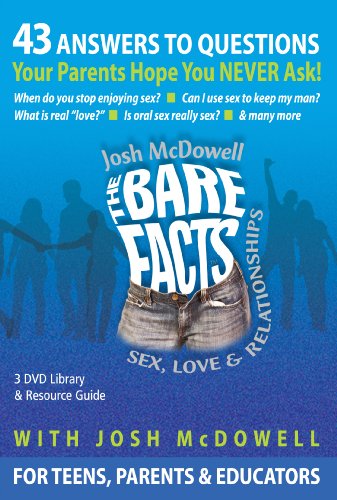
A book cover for The Bare Facts DVD: 43 Questions Your Parents Hope You Never Ask About Sex; Josh McDowell; Teen & Young Adult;